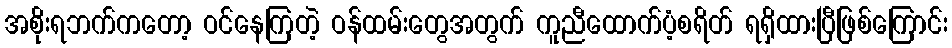
အစိုးရဘက်ကတော့ ဝင်နေကြတဲ့ ဝန်ထမ်းတွေအတွက် ကူညီထောက်ပံ့စရိတ် ရရှိထားပြီဖြစ်ကြောင်း